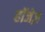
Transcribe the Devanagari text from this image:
हॉजेज़